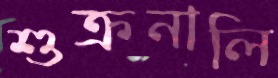
শুক্রনালি